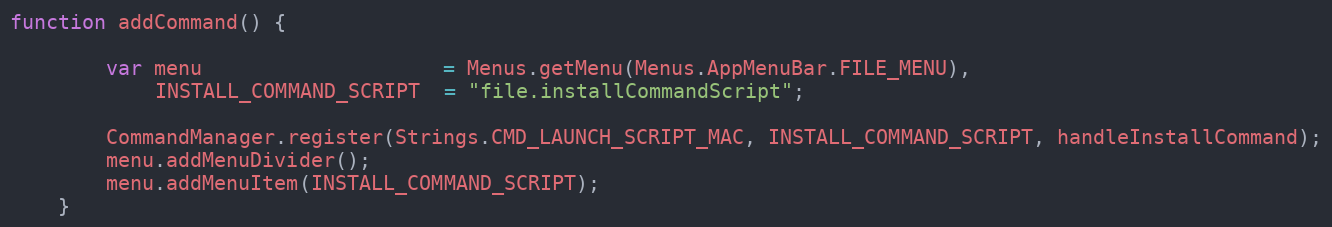
Language: JavaScript
function addCommand() {

        var menu                    = Menus.getMenu(Menus.AppMenuBar.FILE_MENU),
            INSTALL_COMMAND_SCRIPT  = "file.installCommandScript";

        CommandManager.register(Strings.CMD_LAUNCH_SCRIPT_MAC, INSTALL_COMMAND_SCRIPT, handleInstallCommand);
        menu.addMenuDivider();
        menu.addMenuItem(INSTALL_COMMAND_SCRIPT);
    }